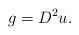
LaTeX: \begin{align*}g=D^2u.\end{align*}